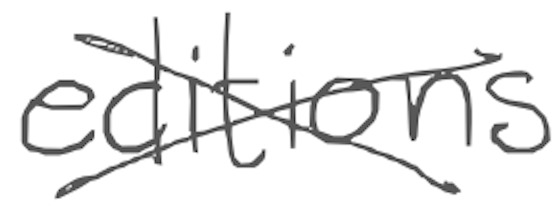
Text: editions
Cross-out: cross
Writing tool: digital_gray